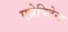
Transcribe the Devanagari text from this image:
एप्रेपिटेन्ट